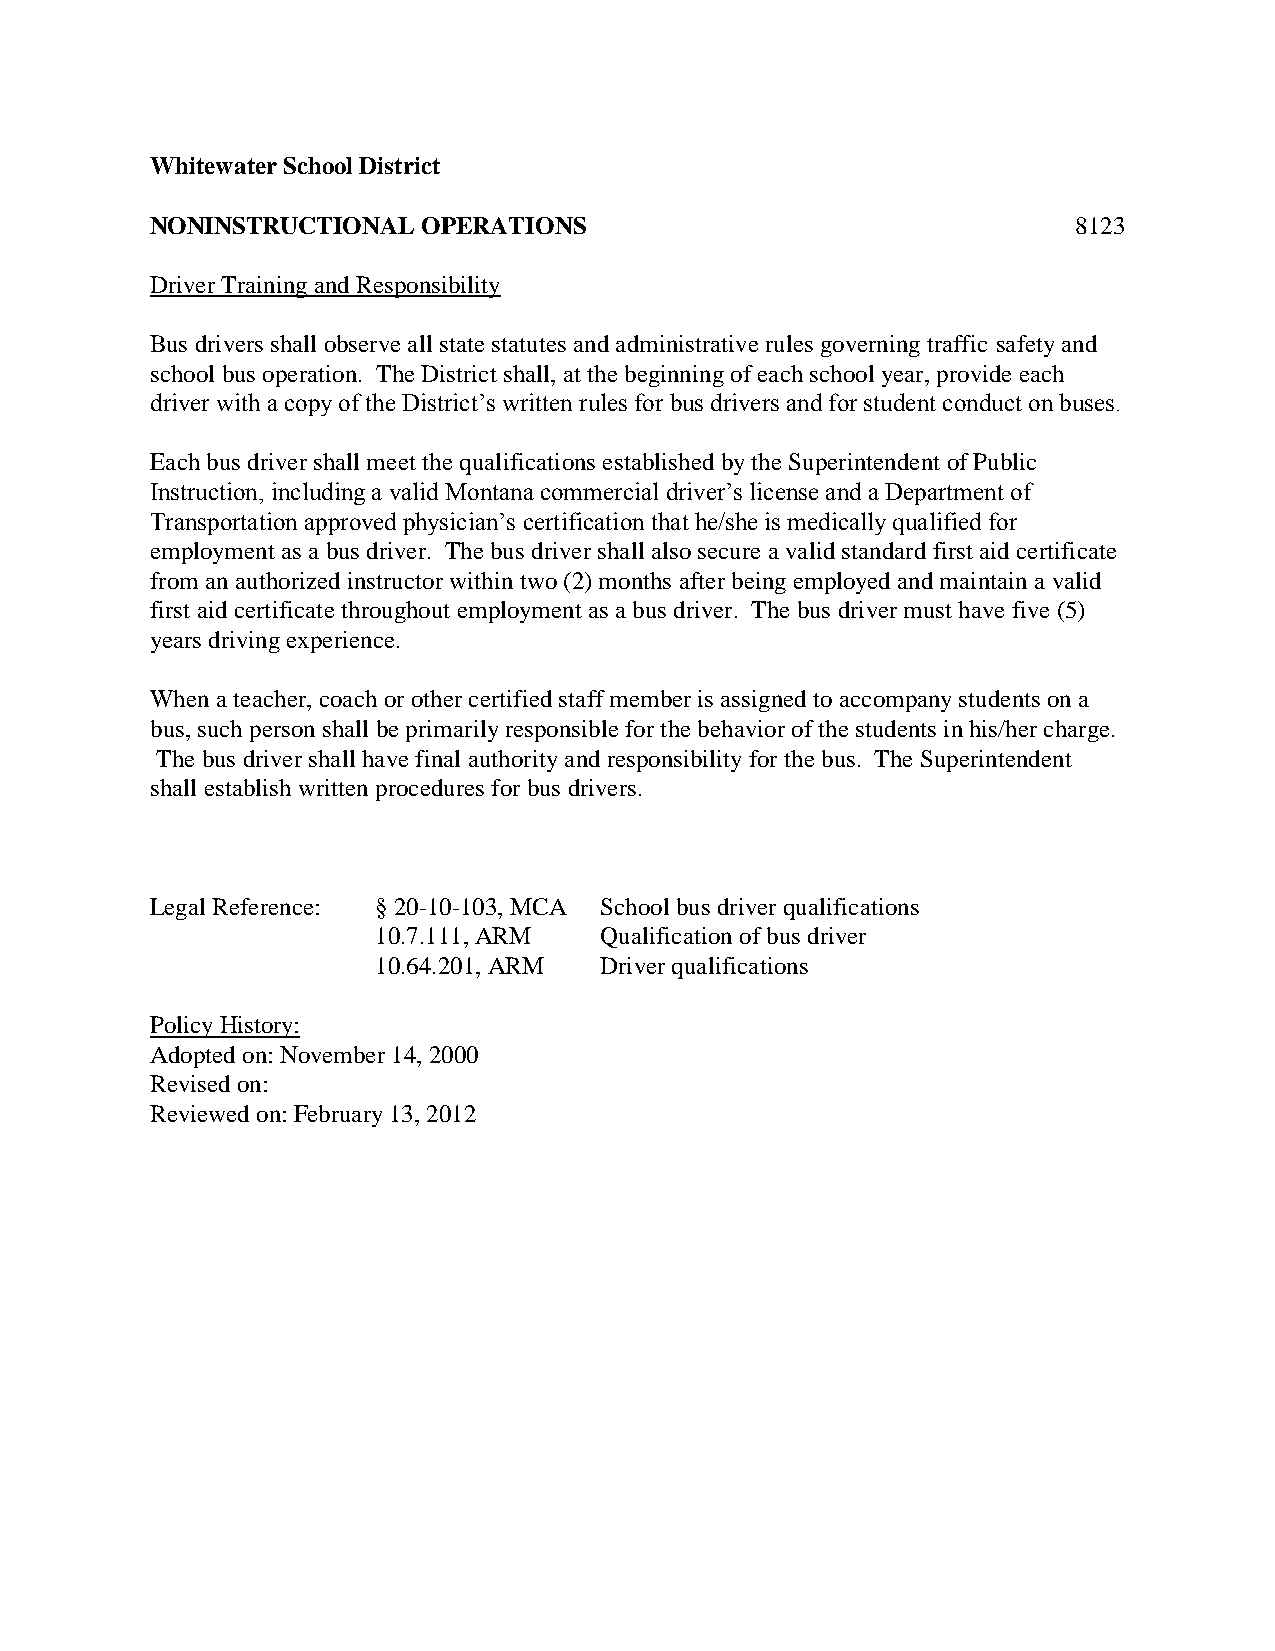
Whitewater School District
 NONINSTRUCTIONAL  OPERATIONS                                 8123
 Driver Training and Responsibility
 Bus drivers shall observe all state statutes and administrative rules governing traffic safety and
 school bus operation. The District shall, at the beginning of each school year, provide each
 driver with a copy of the District’s written rules for bus drivers and for student conduct on buses.
 Each bus driver shall meet the qualifications established by the Superintendent of Public
 Instruction, including a valid Montana commercial driver’s license and a Department of
 Transportation approved physician’s certification that he/she is medically qualified for
 employment as a bus driver. The bus driver shall also secure a valid standard first aid certificate
 from an authorized instructor within two (2) months after being employed and maintain a valid
 first aid certificate throughout employment as a bus driver. The bus driver must have five (5)
 years driving experience.
 When a teacher, coach or other certified staff member is assigned to accompany students on a
 bus, such person shall be primarily responsible for the behavior of the students in his/her charge.
 The bus driver shall have final authority and responsibility for the bus. The Superintendent
 shall establish written procedures for bus drivers.
 Legal Reference: § 20-10-103, MCA School bus driver qualifications
 10.7.111, ARM  Qualification of bus driver
 10.64.201, ARM Driver qualifications
 Policy History:
 Adopted on: November 14, 2000
 Revised on:
 Reviewed on: February 13, 2012